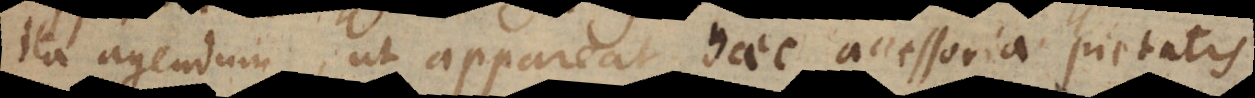
ita agendum, ut appareat haec accessoria pietatis